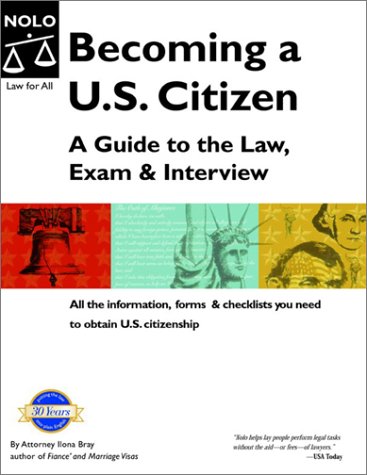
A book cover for Becoming A U.S. Citizen: A Guide to the Law, Exam and Interview (Becoming A U.S. Citizen: A Guide to the Law, Exam & Interview); Ilona M. Bray; Test Preparation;